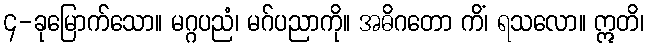
၄-ခုမြောက်သော။ မဂ္ဂပညံ၊ မဂ်ပညာကို။ အဓိဂတော ကိံ၊ ရသလော။ ဣတိ၊